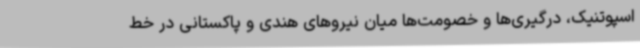
اسپوتنیک، درگیری‌ها و خصومت‌ها میان نیروهای هندی و پاکستانی در خط